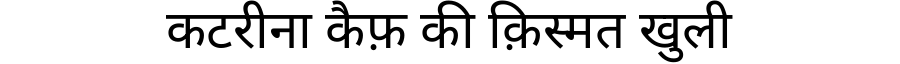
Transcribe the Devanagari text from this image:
कटरीना कैफ़ की क़िस्मत खुली